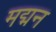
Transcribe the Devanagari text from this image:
मद्मन